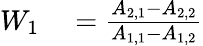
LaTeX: \begin{array}{rl}{W_{1}}&{{}=\frac{A_{2,1}-A_{2,2}}{A_{1,1}-A_{1,2}}}\end{array}